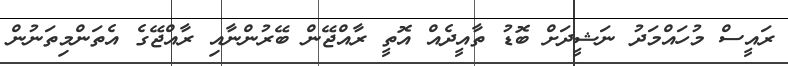
ރައީސް މުހައްމަދު ނަޝީދަށް ބޮޑު ތާއީދެއް އޮތީ ރާއްޖޭން ބޭރުންނާއި ރާއްޖޭގެ އެތަންމިތަނުން